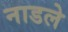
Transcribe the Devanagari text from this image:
नाडले